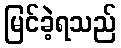
မြင်ခဲ့ရသည်